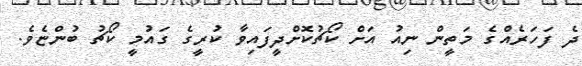
ދެ ފަހަރެއްގެ މަތީން ނިއު އަށް ކޯޗުކޮށްދީފައިވާ ކުރީގެ ގައުމީ ކޯޗު ބުންޏެވެ.